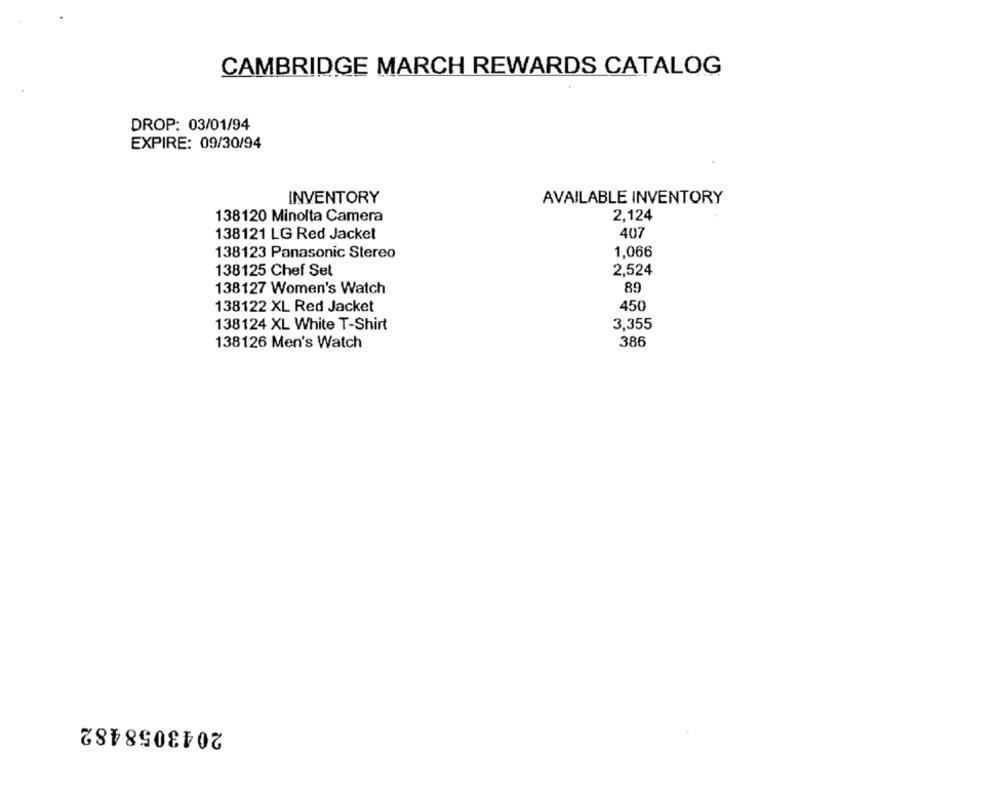
CAMBRIDGE MARCH REWARDS CATALOG
DROP: 03/01/94
EXPIRE: 09/30/94
INVENTORY
AVAILABLE INVENTORY
138120 Minolta Camera
2,124
138121 LG Red Jacket
407
1,066
138123 Panasonic Stereo
138125 Chef Sel
2,524
138127 Women's Watch
89
138122 XL Red Jacket
450
138124 XL White T-Shirt
3,355
138126 Men's Watch
386
2043058482